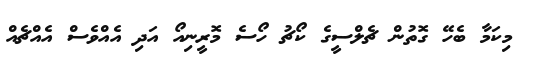
މިކަމާ ބެހޭ ގޮތުން ޗެލްސީގެ ކޯޗު ހޯސެ މޮރީނިއޯ އަދި އެއްވެސް އެއްޗެއް